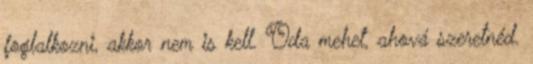
foglalkozni, akkor nem is kell. Oda mehet, ahová szeretnéd.